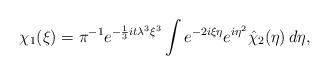
LaTeX: \begin{align*}\chi_1(\xi)=\pi^{-1}e^{-\frac{1}{3}it\lambda^3\xi^3}\int e^{-2i\xi\eta}e^{i\eta^2}\hat\chi_2(\eta)\,d\eta,\end{align*}